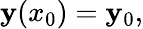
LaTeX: \mathbf{y}(x_{0})=\mathbf{y}_{0},